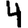
Digit: 4